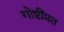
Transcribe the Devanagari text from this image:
गोष्टींप्रत